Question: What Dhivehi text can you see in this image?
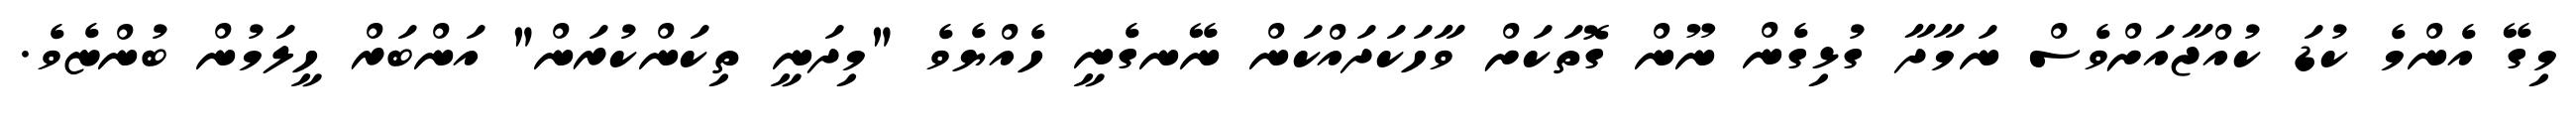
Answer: މިގޭ އެންމެ ކުޑަ ކުއްޖާއަށްވެސް ނަމާދާ ގުޅިގެން ނޫން ގޮތަކަށް ވާހަކަދައްކަން ނޭނގެނީ ހެއްޔެވެ "މިދަނީ ތިކަންކުރަން" އަންބަރް ހީލަމުން ބުންޏެވެ.